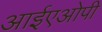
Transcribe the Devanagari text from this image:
आईएओपी